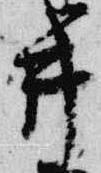
井